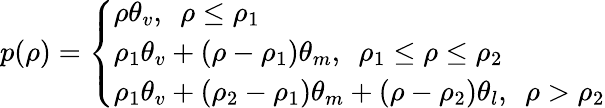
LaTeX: p(\rho)=\left\{ \begin{array}{l}{\rho{\theta_{v}},~~\mathrm{{}}\rho\le{\rho_{1}}}\\ {{\rho_{1}}{\theta_{v}}+(\rho-{\rho_{1}}){\theta_{m}},~~\mathrm{{}}{\rho_{1}}\le\rho\le{\rho_{2}}}\\ {{\rho_{1}}{\theta_{v}}+({\rho_{2}}-{\rho_{1}}){\theta_{m}}+(\rho-{\rho_{2}}){\theta_{l}},~~\mathrm{{}}\rho>{\rho_{2}}}\end{array}\right.